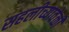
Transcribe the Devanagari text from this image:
सहलीच्यावेळी